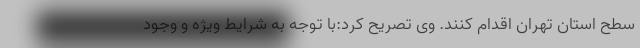
سطح استان تهران اقدام کنند. وی تصریح کرد:با توجه به شرایط ویژه و وجود